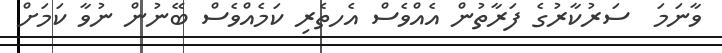
ވާނަމަ  ސަރުކާރުގެ ފަރާތުން އެއްވެސް އެހތެރި ކަމެއްވެސް ބޭނުން ނުވާ ކަމަށް